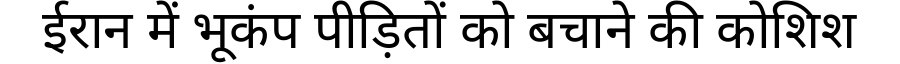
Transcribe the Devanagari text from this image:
ईरान में भूकंप पीड़ितों को बचाने की कोशिश